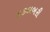
હકલબરી